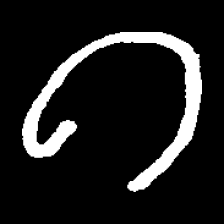
Pyu character \u2014 Myanmar letter: ဂ (romanized: ga)